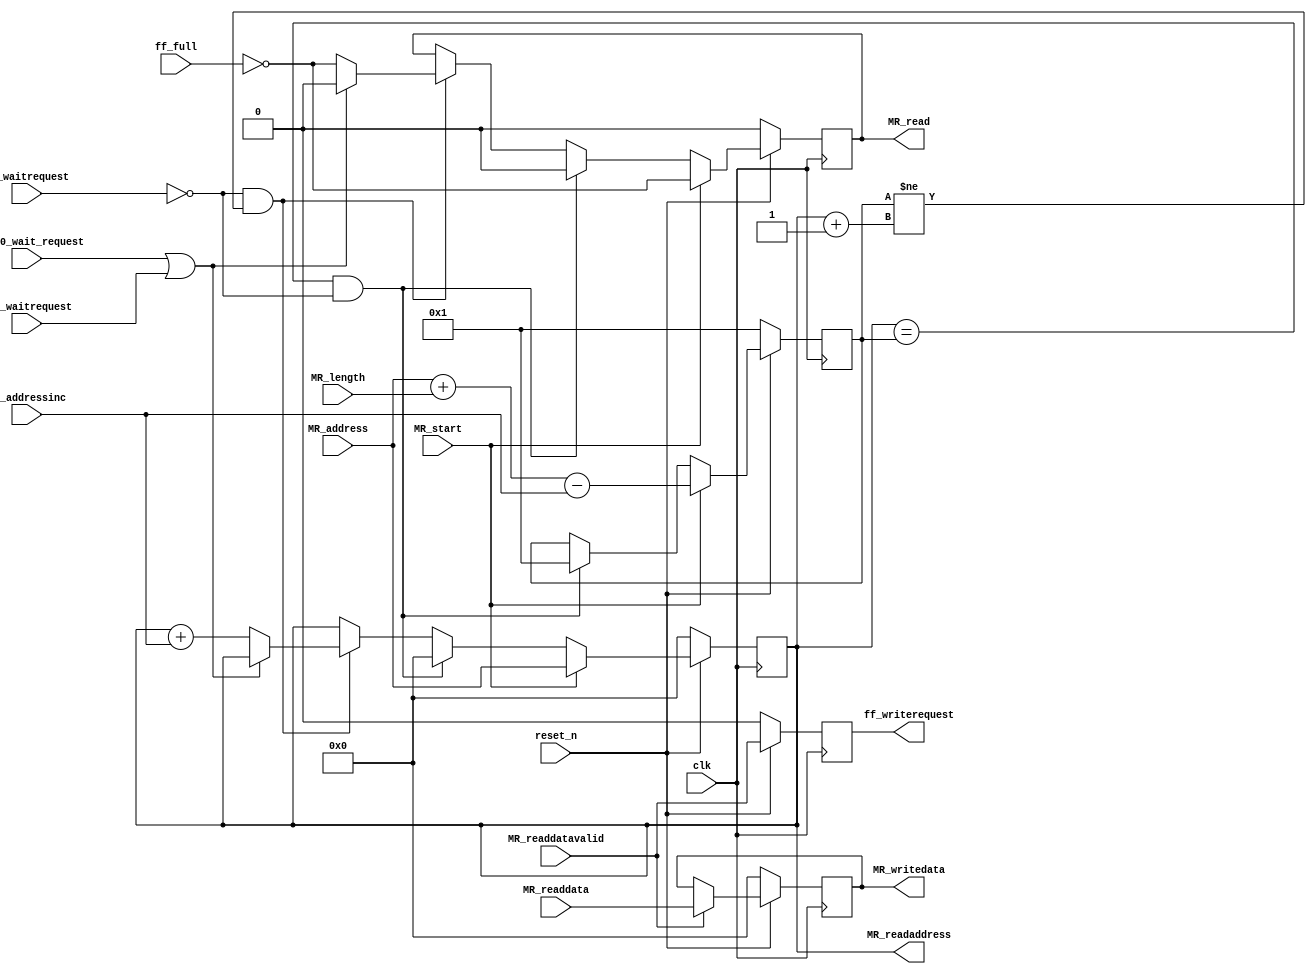
module ic_master_read (
					// Inputs
					clk,
					reset_n,						
					MR_start,
					MR_readdatavalid,
					MR_waitrequest,
					MR_addressinc,
					ff_full,
					HC_ff0_wait_request,
					R2Y_waitrequest,
					
					MR_address,
					MR_length,
					MR_readdata,
					
					// Outputs
					ff_writerequest,
					MR_read,
					
					MR_readaddress,
					MR_writedata
				);
// ------------------ InOut Declarations --------------------
input			clk,
				reset_n,				
				MR_start,
				MR_readdatavalid,
				MR_waitrequest,
				ff_full,
				HC_ff0_wait_request,
				R2Y_waitrequest;
input 	[2:0] 	MR_addressinc;
input	[31:0]	MR_address,
				MR_readdata,
				MR_length;
	
output			ff_writerequest,
				MR_read;
output	[31:0]	MR_readaddress,
				MR_writedata;

// ------------------ Reg Declarations --------------------
reg				MR_read,
				ff_writerequest;
reg		[31:0]	MR_readaddress,
				MR_lastreadaddress,
				MR_writedata;
				
// ========================================================
// CALL FOR SIMULATION
// ========================================================
/*
print_MR_block8x8x3_to_file MR_PBTF(
                        .clk  		(clk),
                        .start   	(MR_start),
                        .data_valid (MR_readdatavalid),
                        .data       (MR_readdata)
                      );
*/
// ========================================================
// Main Process
// ========================================================
always @ (posedge clk)
begin
	if (~reset_n)
	begin
		MR_writedata <= 32'h0;
		ff_writerequest <= 1'b0;
	end
	
	else
	begin
		MR_writedata <= MR_readdatavalid ? MR_readdata : MR_writedata;
		ff_writerequest <= MR_readdatavalid;
	end
end

always @ (posedge clk)
begin
	if (~reset_n)
	begin
		MR_read				<= 1'b0;
		MR_readaddress 		<= 32'h0;	
		MR_lastreadaddress 	<= 32'h1;
	end
	
	else if (MR_start)
	begin
		MR_read <= ~ff_full;
		MR_readaddress 		<= MR_address;				
		MR_lastreadaddress 	<= MR_address + MR_length - MR_addressinc;
	end	
	
	else if ((MR_readaddress == MR_lastreadaddress) & ~MR_waitrequest)
	begin				
		MR_read	<= 1'b0;
		MR_readaddress <= 32'h0;
		MR_lastreadaddress 	<= 32'h1;			
	end
			
	else if (~MR_waitrequest && (MR_lastreadaddress != (MR_readaddress + 1'b1)))
	begin
		if (~(HC_ff0_wait_request | R2Y_waitrequest))
		begin
			MR_readaddress <= MR_readaddress + MR_addressinc;		
			MR_read <= ~ff_full;
		end
		else
			MR_read <= 1'b0;	
	end		
		
end
  
endmodule